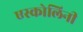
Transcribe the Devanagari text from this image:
एस्कोलिनी